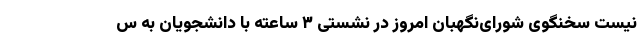
نیست سخنگوی شورای‌نگهبان امروز در نشستی ۳ ساعته با دانشجویان به س